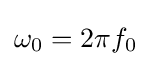
\omega _{0}=2\pi f_{0}